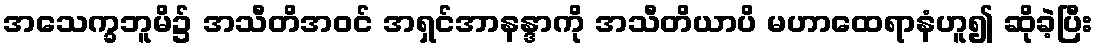
အသေက္ခဘူမိ၌ အသီတိအဝင် အရှင်အာနန္ဒာကို အသီတိယာပိ မဟာထေရာနံဟူ၍ ဆိုခဲ့ပြီး